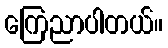
ကြေညာပါတယ်။